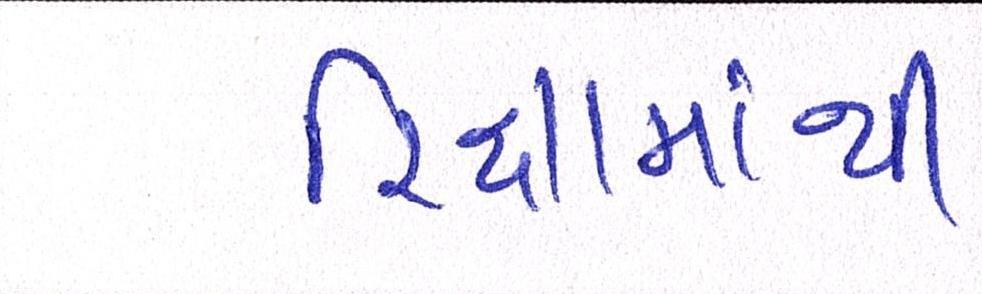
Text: રિક્ષામાંથી